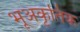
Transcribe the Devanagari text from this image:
भूअकृतिक